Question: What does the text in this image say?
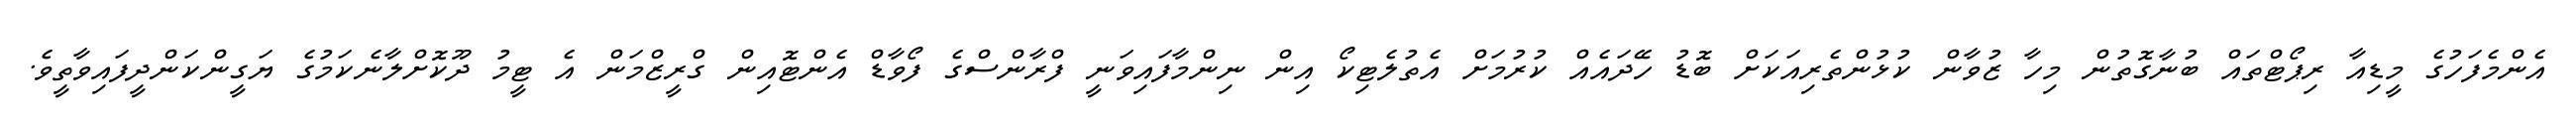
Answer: އެންމެފަހުގެ މީޑިއާ ރިޕޯޓްތައް ބުނާގޮތުން މިހާ ޒުވާން ކުޅުންތެރިއަކަށް ބޮޑު ހޭދައެއް ކުރުމަށް އެތުލެޓިކޯ އިން ނިންމާފައިވަނީ ފްރާންސްގެ ފޯވާޑް އެންޓޮއިން ގްރީޒްމަން އެ ޓީމު ދޫކޮށްލާނެކަމުގެ ޔަގީންކަންދީފައިވާތީވެ.